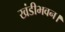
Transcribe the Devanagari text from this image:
खंडीभवन।